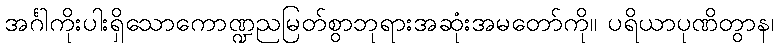
အင်္ဂါကိုးပါးရှိသောကောဏ္ဍညမြတ်စွာဘုရားအဆုံးအမတော်ကို။ ပရိယာပုဏိတွာန၊